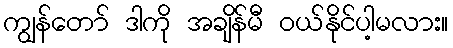
ကျွန်တော် ဒါကို အချိန်မီ ဝယ်နိုင်ပါ့မလား။